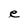
Character: e